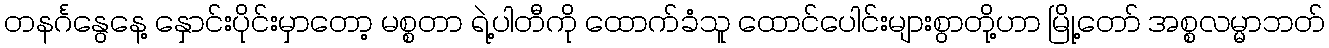
တနင်္ဂနွေနေ့ နှောင်းပိုင်းမှာတော့ မစ္စတာ ရဲ့ပါတီကို ထောက်ခံသူ ထောင်ပေါင်းများစွာတို့ဟာ မြို့တော် အစ္စလမ္မာဘတ်